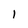
Character: I